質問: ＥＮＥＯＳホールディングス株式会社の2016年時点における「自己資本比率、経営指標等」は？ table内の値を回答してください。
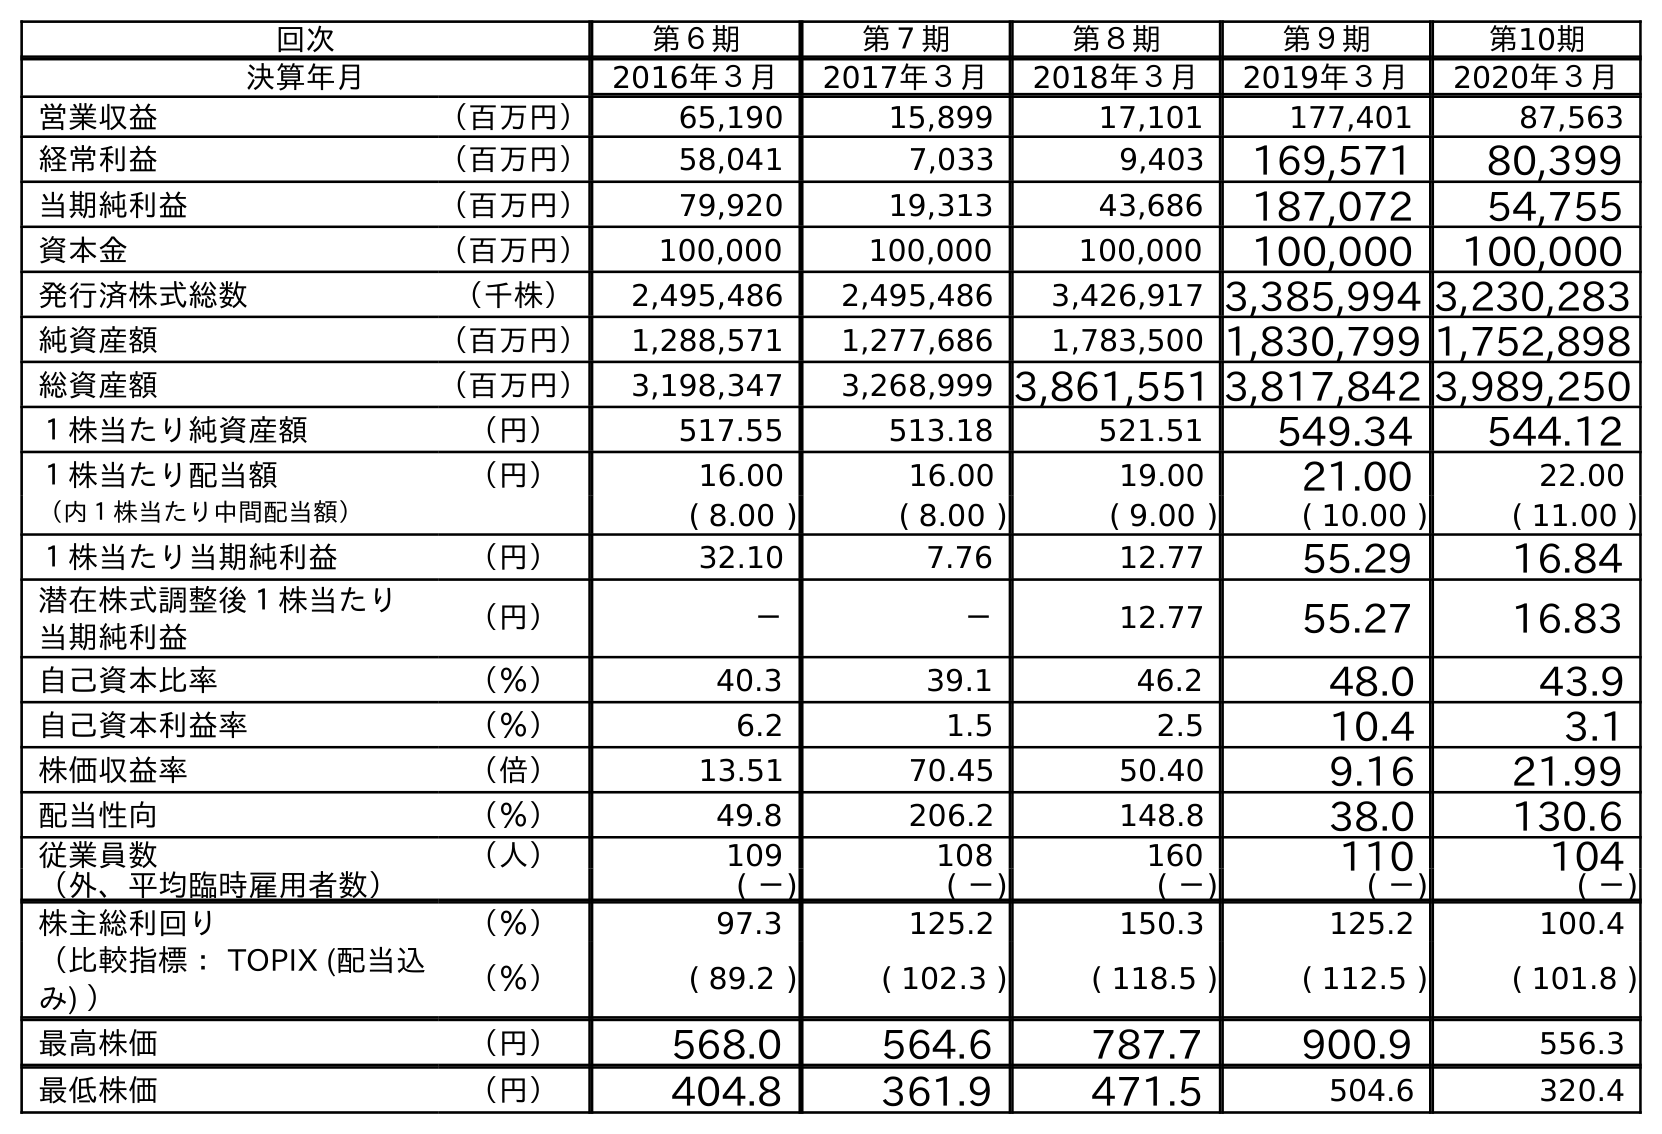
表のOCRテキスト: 回次 第６期 第７期 第８期 第９期 第10期 決算年月 2016年３月 2017年３月 2018年３月 2019年３月 2020年３月 営業収益 （百万円） 65,190 15,899 17,101 177,401 87,563 経常利益 （百万円） 58,041 7,033 9,403 169,571 80,399 当期純利益 （百万円） 79,920 19,313 43,686 187,072 54,755 資本金 （百万円） 100,000 100,000 100,000 100,000 100,000 発行済株式総数 （千株） 2,495,486 2,495,486 3,426,917 3,385,994 3,230,283 純資産額 （百万円） 1,288,571 1,277,686 1,783,500 1,830,799 1,752,898 総資産額 （百万円） 3,198,347 3,268,999 3,861,551 3,817,842 3,989,250 １株当たり純資産額 （円） 517.55 513.18 521.51 549.34 544.12 １株当たり配当額 （円） 16.00 16.00 19.00 21.00 22.00 （内１株当たり中間配当額） ( 8.00 ) ( 8.00 ) ( 9.00 ) ( 10.00 ) ( 11.00 ) １株当たり当期純利益 （円） 32.10 7.76 12.77 55.29 16.84 潜在株式調整後１株当たり 当期純利益 （円） － － 12.77 55.27 16.83 自己資本比率 （％） 40.3 39.1 46.2 48.0 43.9 自己資本利益率 （％） 6.2 1.5 2.5 10.4 3.1 株価収益率 （倍） 13.51 70.45 50.40 9.16 21.99 配当性向 （％） 49.8 206.2 148.8 38.0 130.6 従業員数 （人） 109 108 160 110 104 （外、平均臨時雇用者数） ( －) ( －) ( －) ( －) ( －) 株主総利回り （％） 97.3 125.2 150.3 125.2 100.4 （比較指標： TOPIX (配当込 み) ） （％） ( 89.2 ) ( 102.3 ) ( 118.5 ) ( 112.5 ) ( 101.8 ) 最高株価 （円） 568.0 564.6 787.7 900.9 556.3 最低株価 （円） 404.8 361.9 471.5 504.6 320.4
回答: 40.3